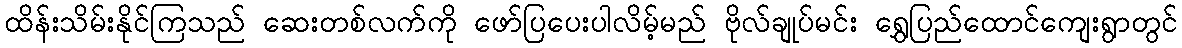
ထိန်းသိမ်းနိုင်ကြသည် ဆေးတစ်လက်ကို ဖော်ပြပေးပါလိမ့်မည် ဗိုလ်ချုပ်မင်း ရွှေပြည်ထောင်ကျေးရွာတွင်